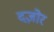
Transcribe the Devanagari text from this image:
दज़ोर